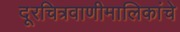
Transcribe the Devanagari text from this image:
दूरचित्रवाणीमालिकांचे